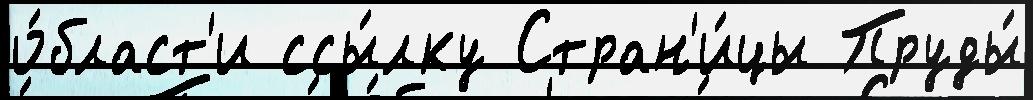
о́бласт'и ссы́лку Стран'и́цы Пруды́